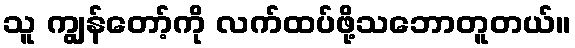
သူ ကျွန်တော့်ကို လက်ထပ်ဖို့သဘောတူတယ်။